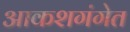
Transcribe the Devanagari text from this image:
आकशगंगेत